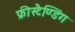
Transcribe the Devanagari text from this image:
फ्रीस्टैण्डिंग